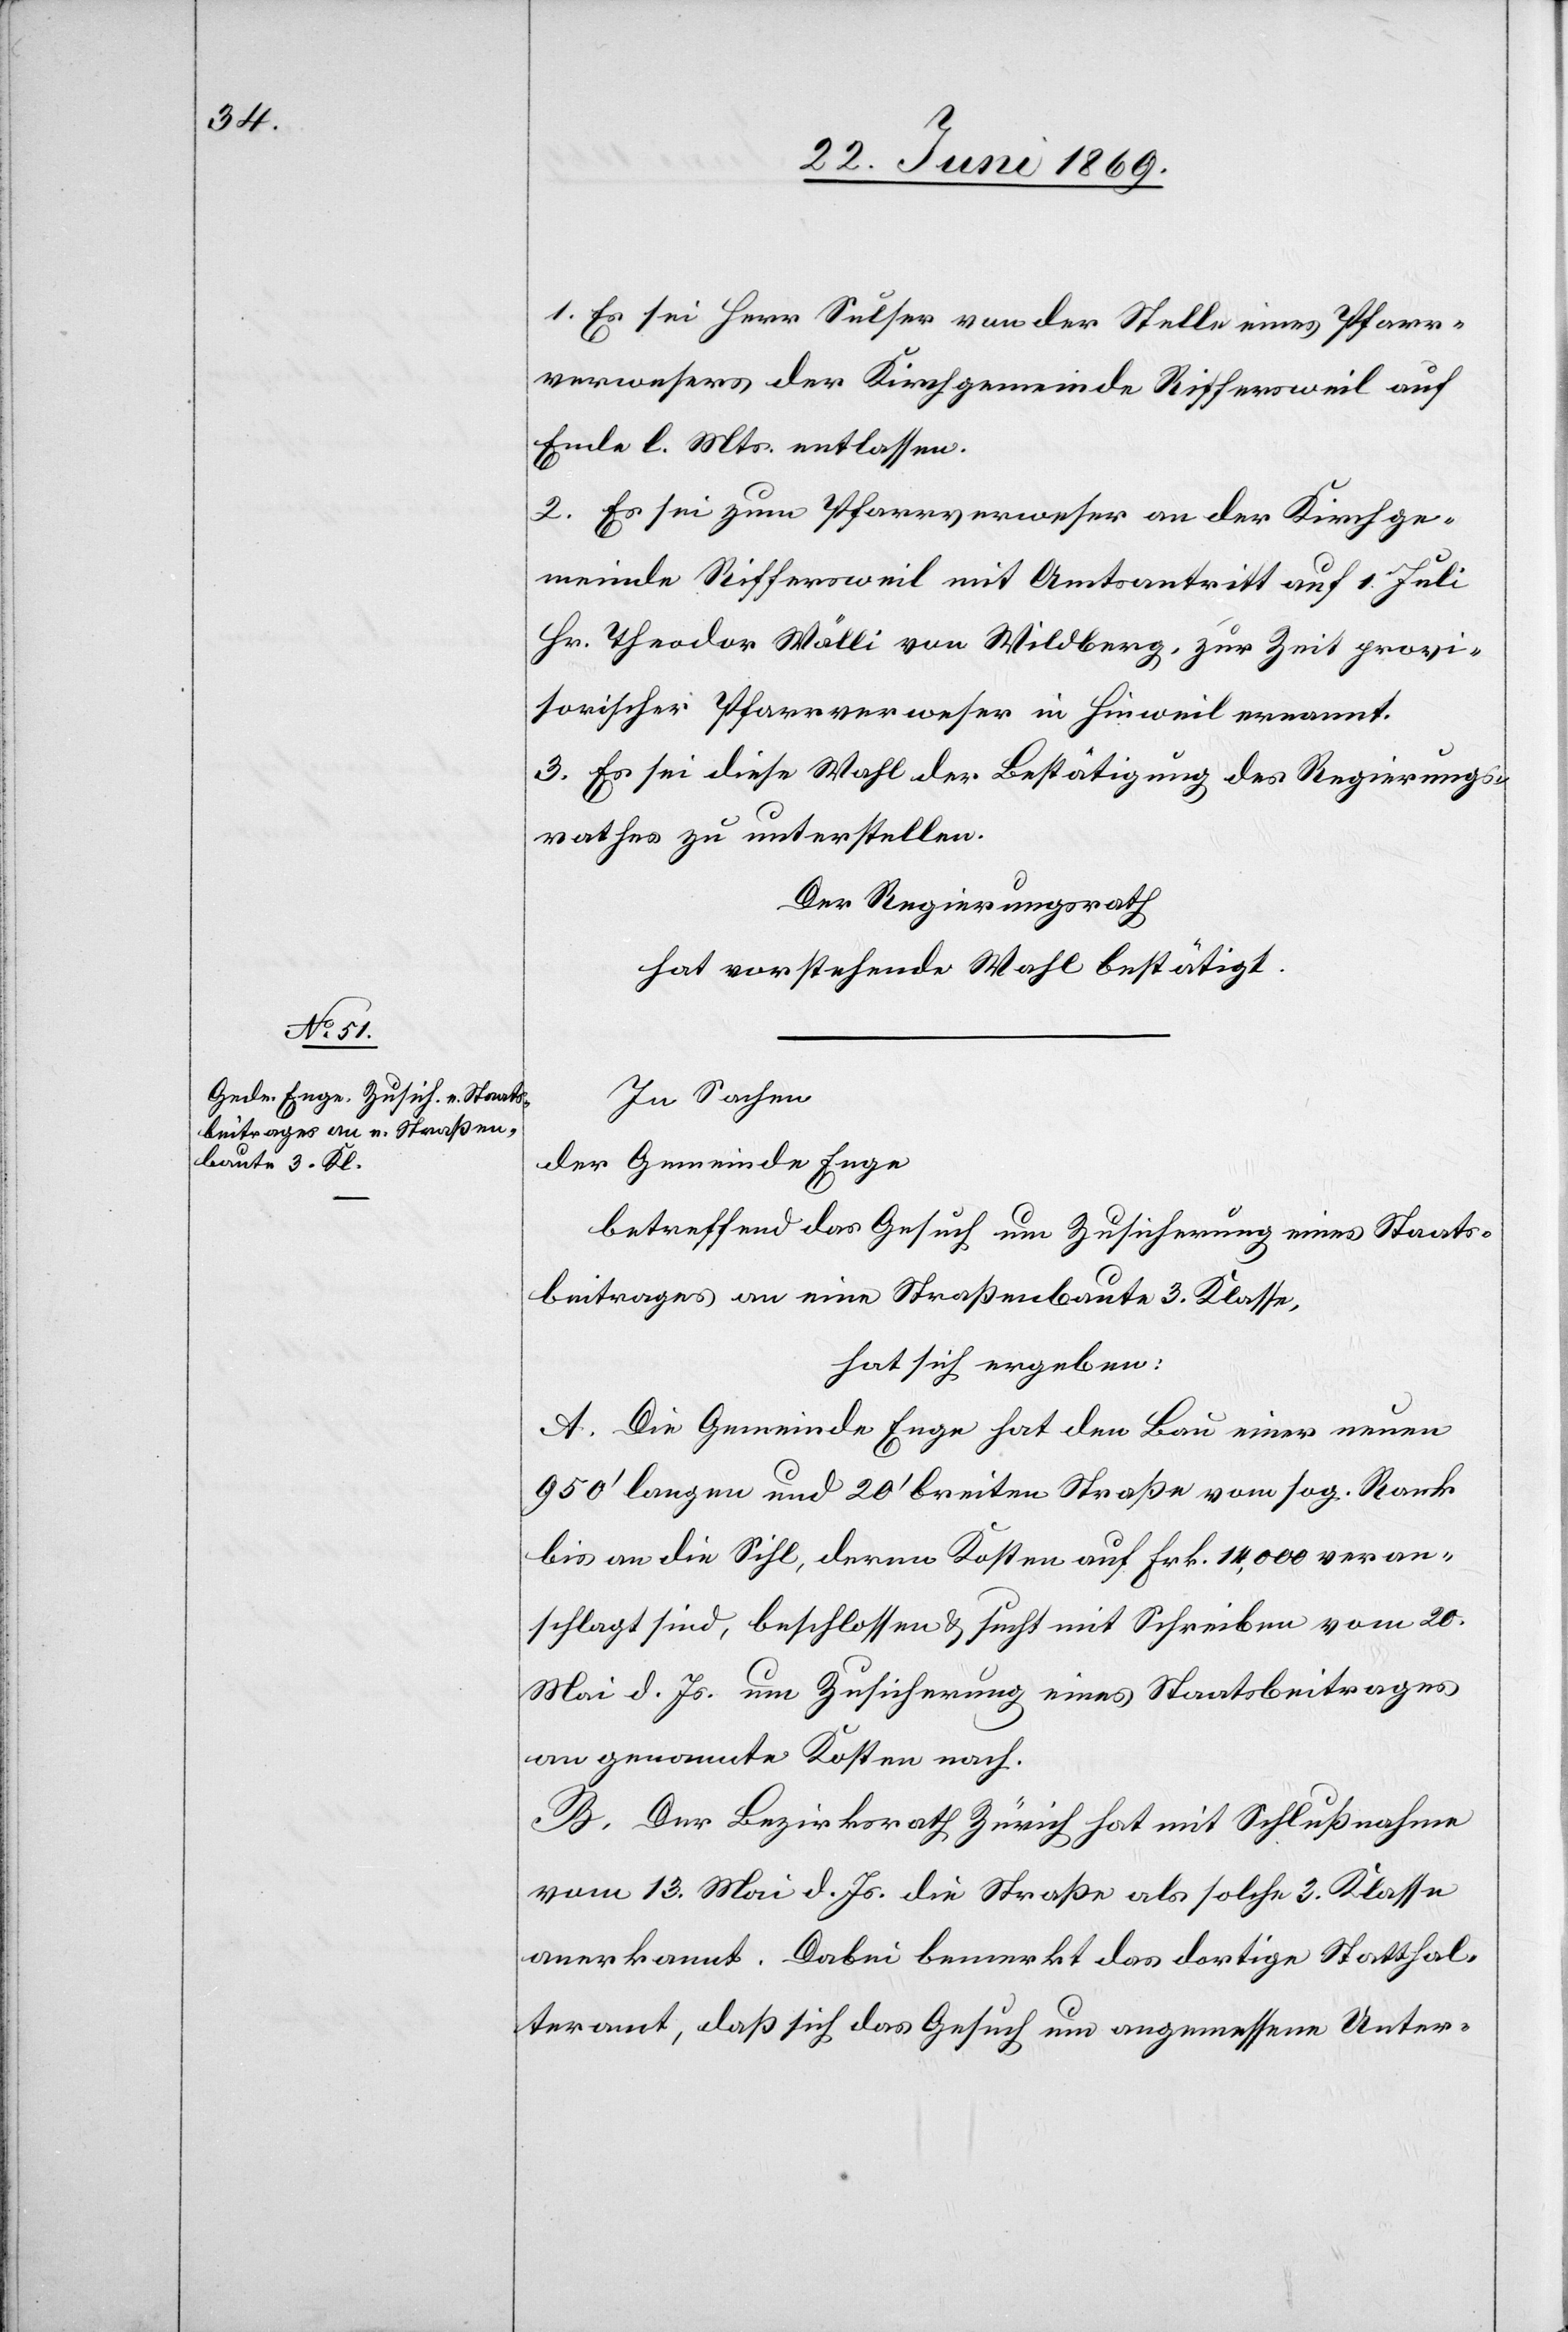
1. Es sei Herr Sulser von der Stelle eines Pfarr¬
verwesers der Kirchgemeinde Riffersweil auf
Ende l. Mts. entlassen.
2. Es sei zum Pfarrverweser an der Kirchge¬
meinde Riffersweil mit Amtsantritt auf 1 Juli
Hr. Theodor Wälli von Wildberg, zur Zeit provi¬
sorischer Pfarrverweser in Hinweil ernannt.
3. Es sei diese Wahl der Bestätigung des Regierungs¬
rathes zu unterstellen.
Der Regierungsrath
hat vorstehende Wahl bestätigt.